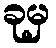
ခုမှ